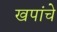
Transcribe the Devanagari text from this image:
खपांचे